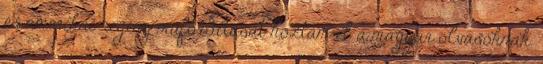
és amerikai regény műfordítását hoztam el a magyar olvasóknak.